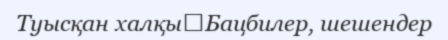
Туысқан халқы	Бацбилер, шешендер